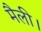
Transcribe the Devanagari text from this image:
मैली।